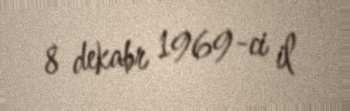
8 dekabr 1969-ci il